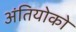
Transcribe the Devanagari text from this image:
अंतियोको